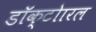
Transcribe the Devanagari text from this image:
डॉक्टोारल